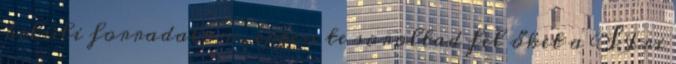
belüli forradalom, éppen te soroltad fel őket a SIri